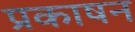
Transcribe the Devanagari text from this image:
प्रकाषन